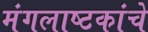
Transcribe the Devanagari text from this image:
मंगलाष्टकांचे